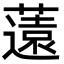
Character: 薳